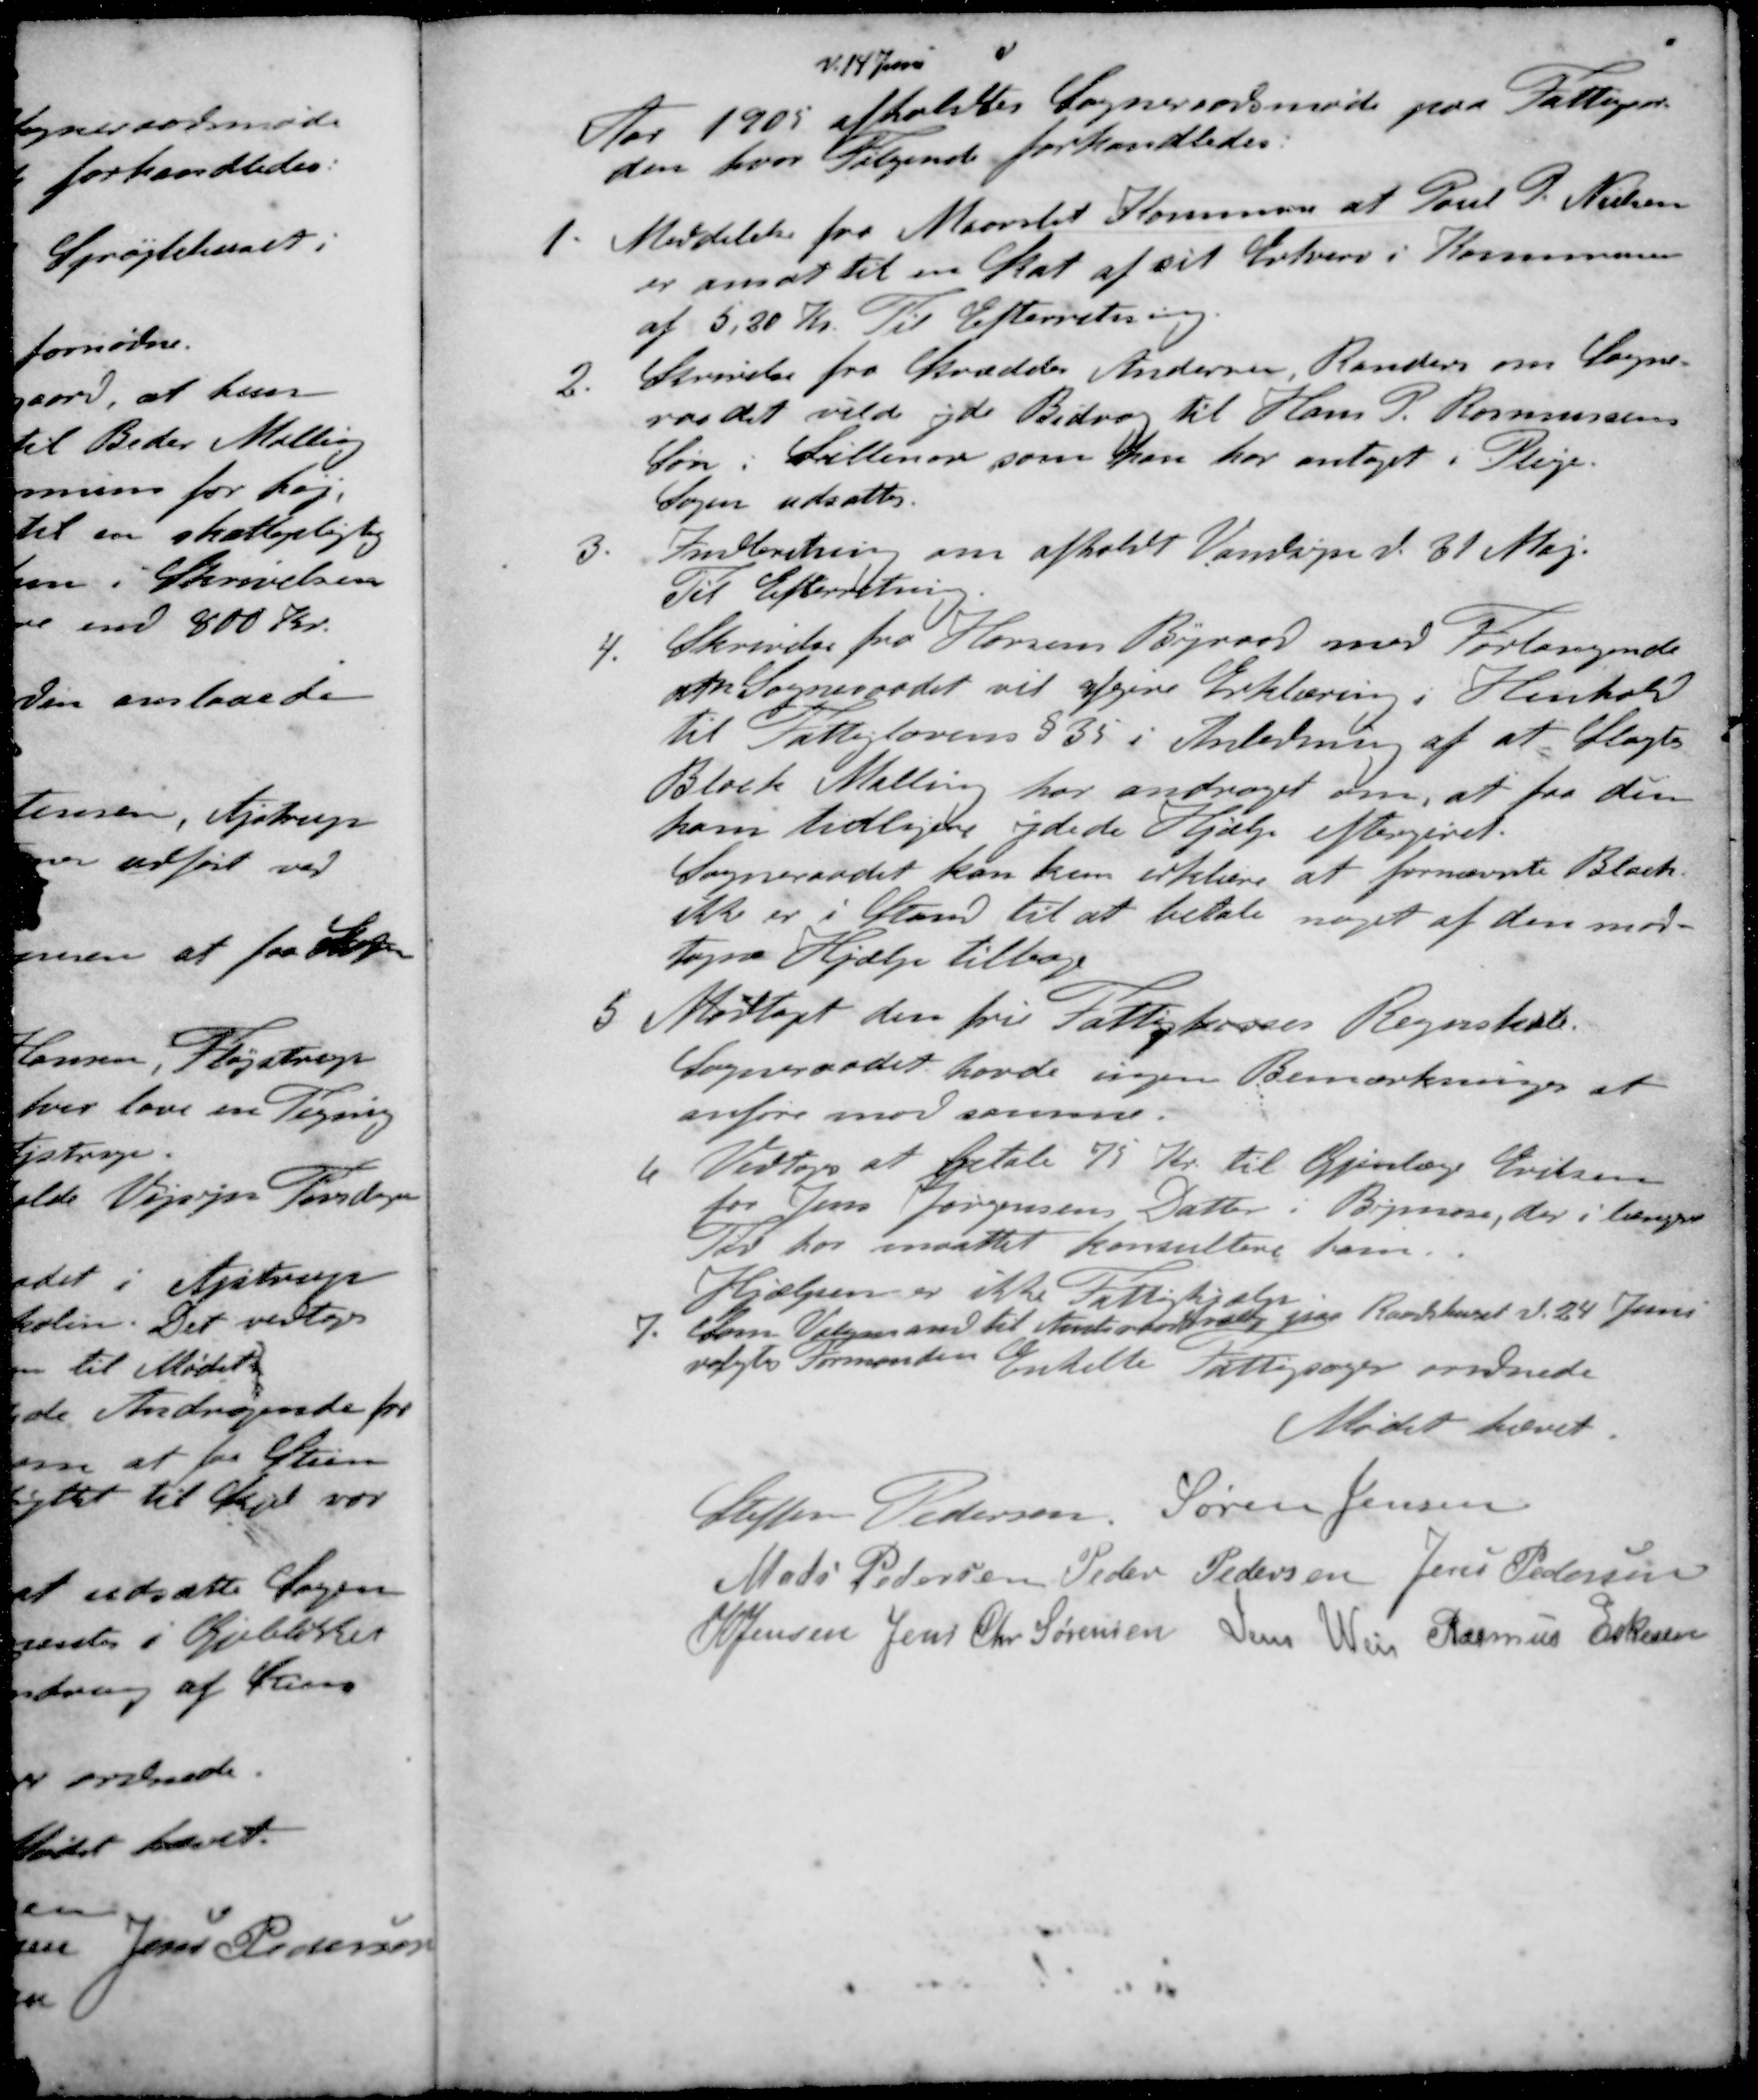
Transskription:
d. 14 Juni
Aar 1905 afholdtes Sogneraadsmøde paa Fattigaar-
den hvor Følgende forhandledes.
1. Meddelelse fra Maarslet Kommune at Poul P. Nielsen
er ansat til en Skat af sit Erhverv i Kommunen
af 5,30 Kr. Til Efterretning.
2.  Skrivelse fra Skrædder Andersen Randers om Sogne-
raadet vilde yde Bidrag til Hans P. Rasmussens
Søn: Lillenor som han har antaget i Pleje.
Sagen udsattes.
3. Indberetning om afholdt Vandsyn d. 31 Maj.
Til Efterretning.
4. Skrivelse fra Horsens Byraad med Forlangende
om Sogneraadet vil afgive Erklæring i Henhold
til Fattiglovens § 35 i Anledning af at Slagter
Block Malling har andraget om, at fra den
ham tidligere ydede Hjælp eftergivet.
Sogneraadet kan kun erklære at fornævnte Black-
ikke er i Stand til at betale noget af den mod-
togne Hjælp tilbage
5 Modtaget den fri Fattigkasses Regnskab
Sogneraadet havde ingen Bemærkninger at
anføre mod samme.
6 Vedtoges at betale 75 Kr. til Øjenlæge Eriksen
for Jens Jørgensens Datter i Bymose, der i længere
Tid har maattet konsultere ham
Hjælpen er ikke Fattighjælp
7. Som Valgmand til Amtsraadsvalg paa Raadhuset d. 24 Juni
valgtes Formanden
Enkelte Fattigsager ordnede
Mødet hævet.
Steffen Pedersen
Søren Jensen
Mads Pedersen
Peder Pedersen
Jens Pedersen
S Jensen
Jens Chr Sørensen
Jens Weis
Rasmus Eskesen